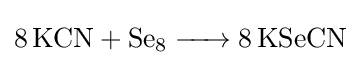
{\ce {8 KCN + Se8 -> 8 KSeCN}}